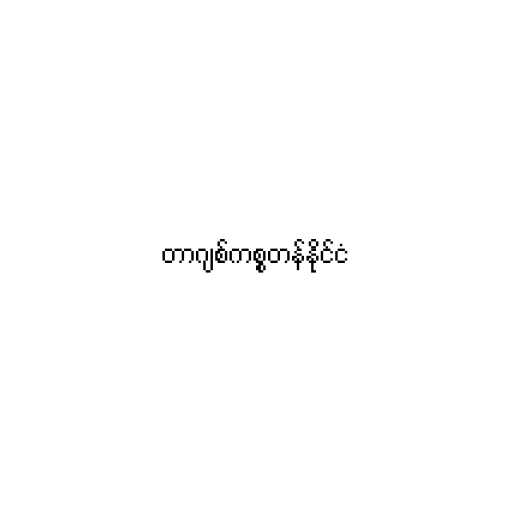
တာဂျစ်ကစ္စတန်နိုင်ငံ